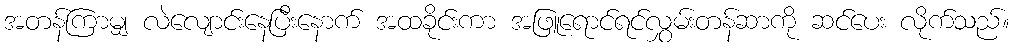
အတန်ကြာမျှ လဲလျောင်းနေပြီးနောက် အထခိုင်းကာ အဖြူရောင်ရင်လွှမ်းတန်ဆာကို ဆင်ပေး လိုက်သည်။